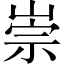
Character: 崇